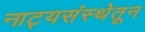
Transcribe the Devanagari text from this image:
नाट्यसंस्थेतून